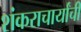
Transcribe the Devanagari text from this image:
शंकराचार्यांची